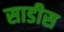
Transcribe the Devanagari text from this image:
साडीस